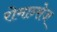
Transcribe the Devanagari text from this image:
रोमान्सेज